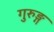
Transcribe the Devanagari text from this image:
गुरुङ्ग